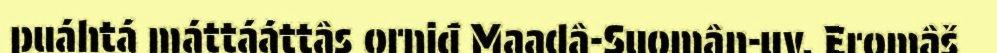
puáhtá máttááttâs orniđ Maadâ-Suomân-uv. Eromâš